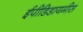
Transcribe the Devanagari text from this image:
ईपीडिडायमीस